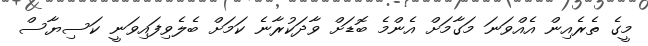
މީގެ ތެރެއިން އެއްވަނަ މަގާމަށް އެންމެ ބޮޑަށް ވާދަކުރާނެ ކަމަށް ބެލެވިފައިވަނީ ކަސިޔާސް